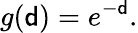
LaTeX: g({\mathsf{d}})=e^{-{\mathsf{d}}}.